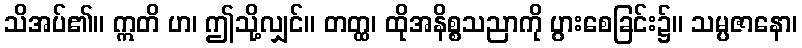
သိအပ်၏။ ဣတိ ဟ၊ ဤသို့လျှင်။ တတ္ထ၊ ထိုအနိစ္စသညာကို ပွားစေခြင်း၌။ သမ္ပဇာနော၊